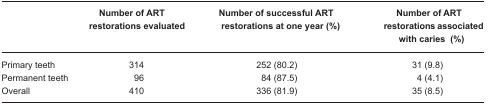
|  | Number of ART restorations evaluated | Number of successful ART restorations at one year (%) | Number of ART restorations associated with caries (%) |
 | --- | --- | --- | --- |
 | Primary teeth | 314 | 252 (80.2) | 31 (9.8) |
 | Permanent teeth | 96 | 84 (87.5) | 4 (4.1) |
 | Overall | 410 | 336 (81.9) | 35 (8.5) |